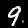
Label: 9